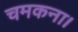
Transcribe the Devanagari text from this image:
चमकना।